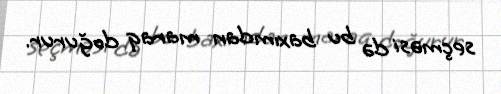
seçməsi də bu baxımdan maraq doğurur.